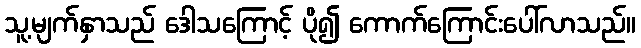
သူ့မျက်နှာသည် ဒေါသကြောင့် ပို၍ ကောက်ကြောင်းပေါ်လာသည်။